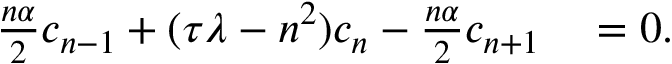
\begin{array} { r l } { \frac { n \alpha } { 2 } c _ { n - 1 } + ( \tau \lambda - n ^ { 2 } ) c _ { n } - \frac { n \alpha } { 2 } c _ { n + 1 } } & { { } = 0 . } \end{array}